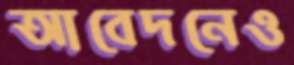
আবেদনেও